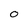
Character: O